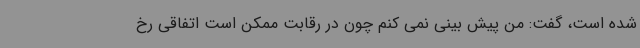
شده است، گفت: من پیش بینی نمی کنم چون در رقابت ممکن است اتفاقی رخ